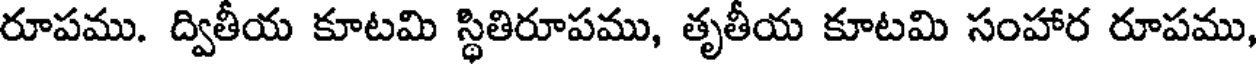
రూపము. ద్వితీయ కూటమి స్థితిరూపము, తృతీయ కూటమి సంహార రూపము,